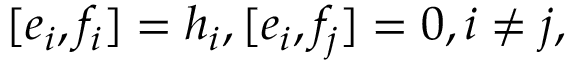
[ e _ { i } , f _ { i } ] = h _ { i } , [ e _ { i } , f _ { j } ] = 0 , i \neq j ,